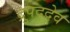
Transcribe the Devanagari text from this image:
द्रुपददेव